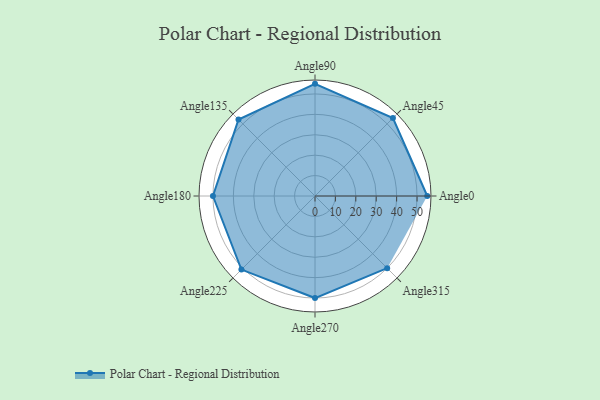
{"axis": {"x": "Angle", "y": "Radius"}, "legend": [""], "data": [{"x": "Angle0", "y": 55.0, "type": ""}, {"x": "Angle45", "y": 54.0, "type": ""}, {"x": "Angle90", "y": 55.0, "type": ""}, {"x": "Angle135", "y": 53.0, "type": ""}, {"x": "Angle180", "y": 50, "type": ""}, {"x": "Angle225", "y": 51.0, "type": ""}, {"x": "Angle270", "y": 50, "type": ""}, {"x": "Angle315", "y": 50, "type": ""}]}